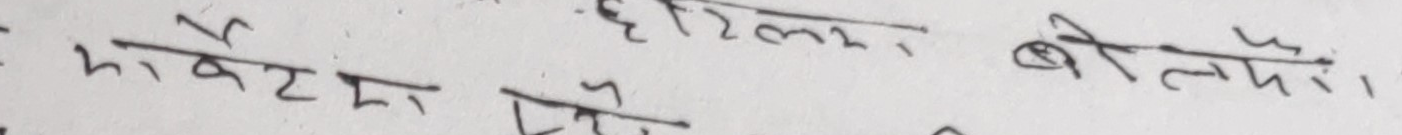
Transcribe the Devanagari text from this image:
मावट हाँ हिटलर बोल्दौँ